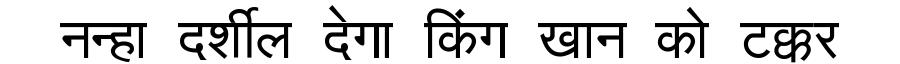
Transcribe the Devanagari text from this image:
नन्हा दर्शील देगा किंग खान को टक्कर